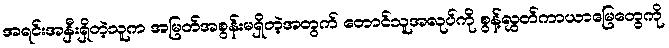
အရင်းအနှီးရှိတဲ့သူက အမြတ်အစွန်းမရှိတဲ့အတွက် တောင်သူအလုပ်ကို စွန့်လွှတ်ကာယာမြေတွေကို